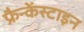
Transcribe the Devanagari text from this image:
फ्रैन्केंस्टाइन